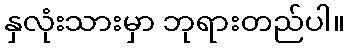
နှလုံးသားမှာ ဘုရားတည်ပါ။